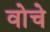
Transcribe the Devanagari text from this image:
वोचे